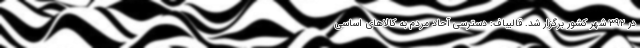
در ۳۹۲ شهر کشور برگزار شد. قالیباف: دسترسی آحاد مردم به کالاهای اساسی